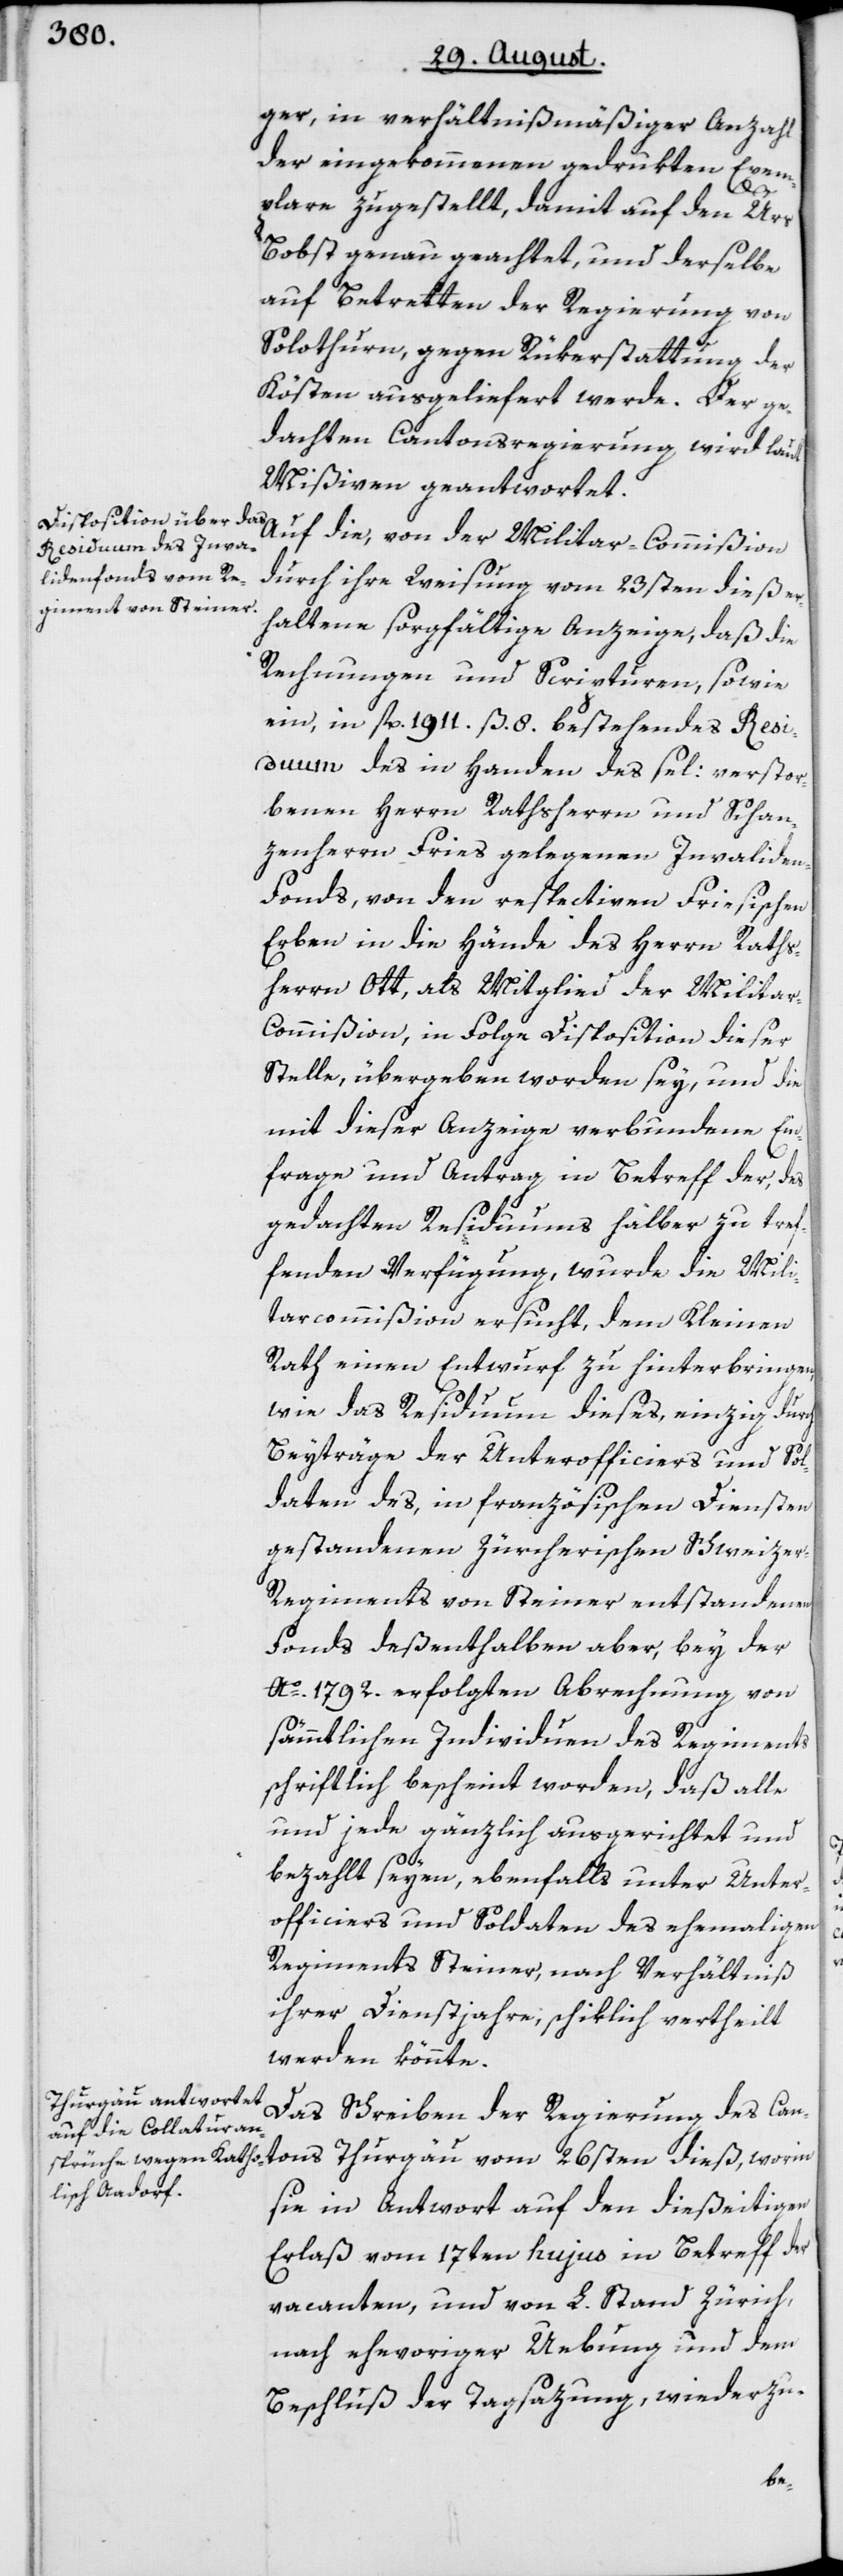
ger, in verhältnißmäßiger Anzahl
der eingekommenen gedrukten Exem¬
plare zugestellt, damit auf den Urs
Bobst genau geachtet, und derselbe
auf Betretten der Regierung von
Solothurn, gegen Rükerstattung der
Kösten ausgeliefert werde. Der ge¬
dachten Cantonsregierung wird laut
Mißiven geantwortet.
Auf die, von der Militar-Commißion
durch ihre Weisung vom 23sten dieß er¬
haltene sorgfältige Anzeige, daß die
Rechnungen und Scripturen, sowie
ein, in fl. 1911. ß. 8. bestehendes Resi¬
duum des in Handen des sel: verstor¬
benen Herrn Rathsherrn und Schan¬
zenherrn Fries gelegenen Invalide¬
n-Fonds, von den respectiven Friesischen
Erben in die Hände des Herrn Raths¬
herrn Ott, als Mitglied der Milita¬
r-Commißion, in Folge Disposition dieser
Stelle, übergeben worden sey, und die
mit dieser Anzeige verbundene Ein¬
frage und Antrag in Betreff der, des
gedachten Residuums halber zu tref¬
fenden Verfügung, wurde die Mili¬
tarcommißion ersucht, dem Kleinen
Rath einen Entwurf zu hinterbringen,
wie das Residuum dieses, einzig durch
Beyträge der Unterofficiers und Sol¬
daten des, in französischen Diensten
gestandenen Zürcherischen Schweize¬
r-Regiments von Steiner entstandenen
Fonds deßenthalben aber, bey der
Ao. 1792. erfolgten Abrechnung von
sämmtlichen Individuen des Regiments
schriftlich bescheint worden, daß alle
und jede gänzlich ausgerichtet und
bezahlt seyen, ebenfalls unter Unter¬
officiers und Soldaten des ehemaligen
Regiments Steiner, nach Verhältniß
ihrer Dienstjahre, schiklich vertheilt
werden könnte.
Das Schreiben der Regierung des Can¬
tons Thurgau vom 26sten dieß, worin
sie in Antwort auf den dießeitigen
Erlaß vom 17ten hujus in Betreff der
vacanten, und von L. Stand Zürich,
nach ehevoriger Uebung und dem
Beschluß der Tagsazung, wiederzu-